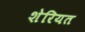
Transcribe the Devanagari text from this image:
शेरियत